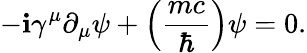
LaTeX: -\mathbf{i}\gamma^{\mu}\partial_{\mu}\psi+\left({\frac{{mc}}{{\hbar}}}\right)\psi=0.